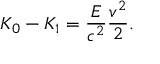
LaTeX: K _ { 0 } - K _ { 1 } = { \frac { E } { c ^ { 2 } } } { \frac { v ^ { 2 } } { 2 } } .